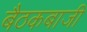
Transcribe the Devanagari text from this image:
बैठकबाजी